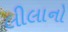
લીલાનો